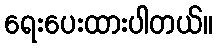
ရေးပေးထားပါတယ်။